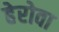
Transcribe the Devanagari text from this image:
हेरोवा